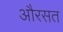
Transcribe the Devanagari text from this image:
औरसत